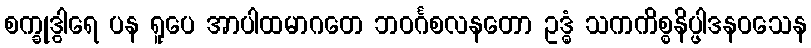
စက္ခုဒွါရေ ပန ရူပေ အာပါထမာဂတေ ဘဝင်္ဂစလနတော ဥဒ္ဓံ သကကိစ္စနိပ္ဖါဒနဝသေန